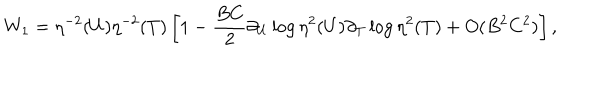
W _ { 1 } = \eta ^ { - 2 } ( U ) \eta ^ { - 2 } ( T ) \left[ 1 - \frac { B C } { 2 } \partial _ { U } \log \eta ^ { 2 } ( U ) \partial _ { T } \log \eta ^ { 2 } ( T ) + O ( B ^ { 2 } C ^ { 2 } ) \right] ,